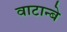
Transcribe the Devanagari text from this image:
वाटान्बे